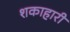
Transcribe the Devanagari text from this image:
शकाहारी